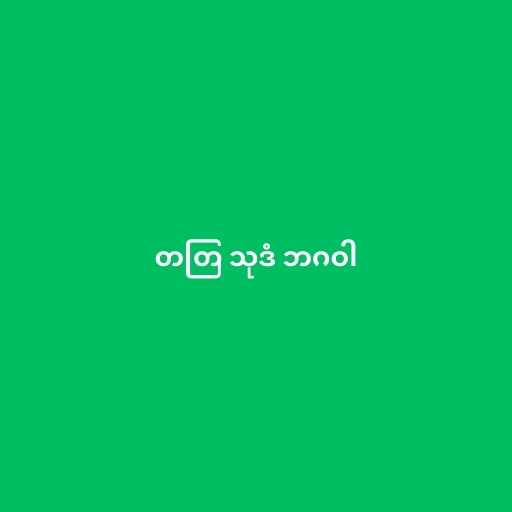
တတြ သုဒံ ဘဂဝါ